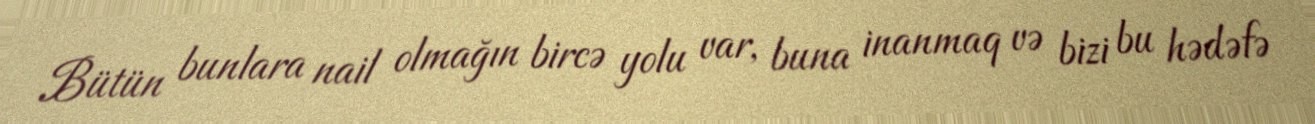
Bütün bunlara nail olmağın bircə yolu var, buna inanmaq və bizi bu hədəfə